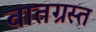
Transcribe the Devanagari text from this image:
वातग्रस्त